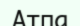
Атпа